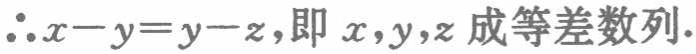
\(\therefore x - y = y - z\)，即 \(x,y,z\) 成等差数列.